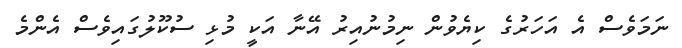
ނަމަވެސް އެ އަހަރުގެ ކިޔެވުން ނިމުނުއިރު އޭނާ އަކީ މުޅި ސުކޫލުގައިވެސް އެންމެ